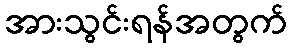
အားသွင်းရန်အတွက်